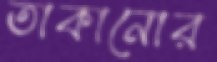
তাকানোর